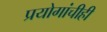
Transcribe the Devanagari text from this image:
प्रयोगांचीही